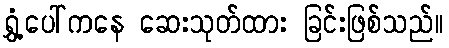
ရွှံ့ပေါ်ကနေ ဆေးသုတ်ထား ခြင်းဖြစ်သည်။